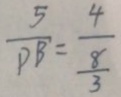
\frac { 5 } { P B } = \frac { 4 } { \frac { 8 } { 3 } }